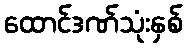
ထောင်ဒဏ်သုံးနှစ်